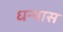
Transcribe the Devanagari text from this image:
धन्यास